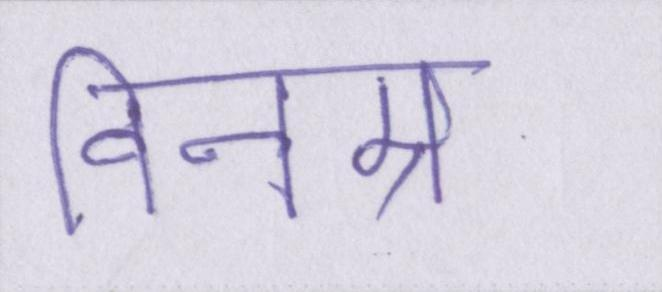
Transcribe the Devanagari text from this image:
विनम्र